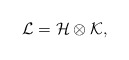
\begin{align*}\mathcal{L}=\mathcal{H}\otimes \mathcal{K},\end{align*}